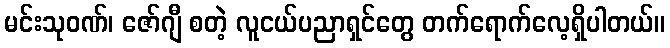
မင်းသုဝဏ်၊ ဇော်ဂျီ စတဲ့ လူငယ်ပညာရှင်တွေ တက်ရောက်လေ့ရှိပါတယ်။